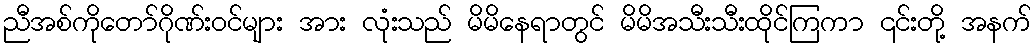
ညီအစ်ကိုတော်ဂိုဏ်းဝင်များ အား လုံးသည် မိမိနေရာတွင် မိမိအသီးသီးထိုင်ကြကာ ၎င်းတို့ အနက်